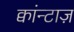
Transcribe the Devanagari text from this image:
क्वांन्टाज़